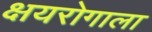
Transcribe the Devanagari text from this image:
क्षयरोगाला